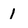
Character: 1